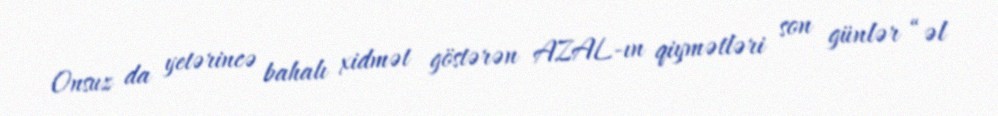
Onsuz da yetərincə bahalı xidmət göstərən AZAL-ın qiymətləri son günlər “əl